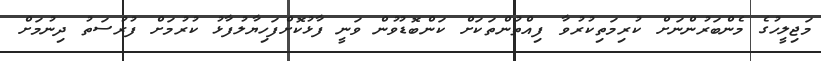
މަޖިލީހުގެ މެންބަރުންނަށް ކުރިމަތިކުރުވާ ފިއްތުންތަކަށް ކަންބޮޑުވުން ވަނީ ފާޅުކޮށްފަހިޔާލުފާޅު ކުރުމަށް ފުރުސަތު ދިނުމަށް